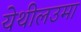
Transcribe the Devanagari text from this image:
येथीलउमा